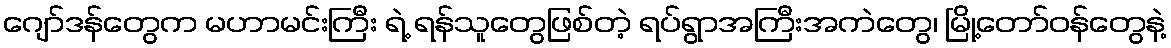
ဂျော်ဒန်တွေက မဟာမင်းကြီး ရဲ့ ရန်သူတွေဖြစ်တဲ့ ရပ်ရွာအကြီးအကဲတွေ၊ မြို့တော်ဝန်တွေနဲ့